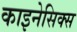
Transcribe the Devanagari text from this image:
काइनेसिक्स